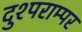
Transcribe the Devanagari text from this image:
दुश्पराम्पर